Report by Surgeon-Captain Childe, I.M.S. - Part II
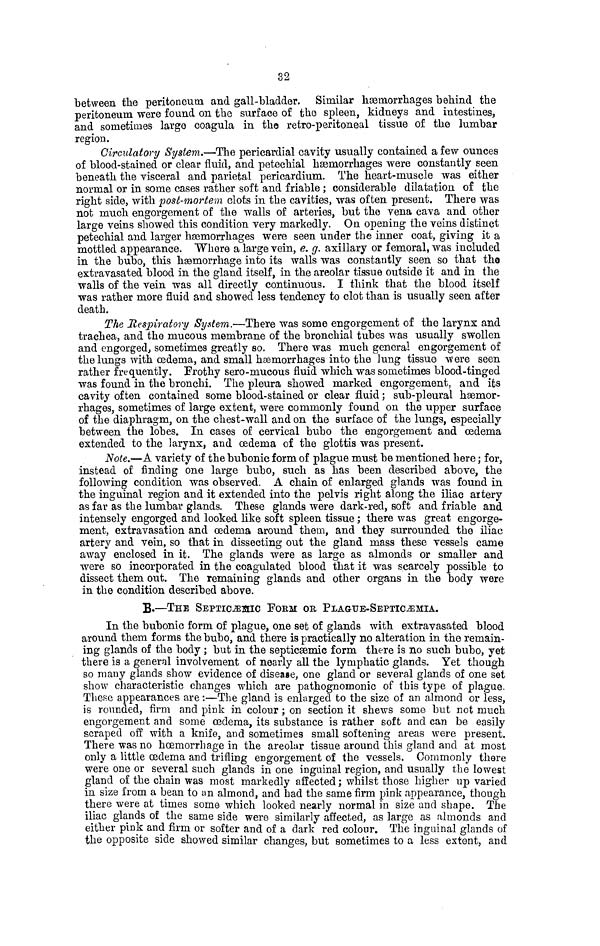
32
between the peritoneum and gall-bladder. Similar haemorrhages behind the
peritoneum were found on the surface of the spleen, kidneys and intestines,
and sometimes large coagula in the retro-peritoneal tissue of the lumbar
region.
Circulatory System.—The pericardial cavity usually contained a few ounces
of blood-stained or clear fluid, and petechial haemorrhages were constantly seen
beneath the visceral and parietal pericardium. The heart-muscle was either
normal or in some cases rather soft and friable ; considerable dilatation of the
right side, with post-mortem clots in the cavities, was often present. There was
not much engorgement of the walls of arteries, but the vena cava and other
large veins showed this condition very markedly. On opening the veins distinct
petechial and larger haemorrhages were seen under the inner coat, giving it a
mottled appearance. Where a large vein, e. g. axillary or femoral, was included
in the bubo, this heemorrhage into its walls was constantly seen so that the
extravasated blood in the gland itself, in the areolar tissue outside it and in the
walls of the vein was all directly continuous. I think that the blood itself
was rather more fluid and showed less tendency to clot than is usually seen after
death.
The Respiratory System.—There was some engorgement of the larynx and
trachea, and the mucous membrane of the bronchial tubes was usually swollen
and engorged, sometimes greatly so. There was much general engorgement of
the lungs with oedema, and small haemorrhages into the lung tissue were seen
rather frequently. Erothy sero-mucous fluid which was sometimes blood-tinged
was found in the bronchi. The pleura showed marked engorgement, and its
cavity often contained some blood-stained or clear fluid ; sub-pleural haemor-
rhages, sometimes of large extent, were commonly found on the upper surface
of the diaphragm, on the chest-wall and on the surface of the lungs, especially
between the lobes. In cases of cervical bubo the engorgement and oedema
extended to the larynx, and oedema of the glottis was present.
Note.—A variety of the bubonic form of plague must be mentioned here ; for,
instead of finding one large bubo, such as has been described above, the
following condition was observed. A chain of enlarged glands was found in
the inguinal region and it extended into the pelvis right along the iliac aitery
as far as the lumbar glands. These glands were dark-red, soft and friable and
intensely engorged and looked like soft spleen tissue ; there was great engorge-
ment, extravasation and oedema around them, and they surrounded the iliac
artery and vein, so that in dissecting out the gland mass these vessels came
away enclosed in it. The glands were as large as almonds or smaller and
were so incorporated in the coagulated blood that it was scarcely possible to
dissect them out. The remaining glands and other organs in the body were
in the condition described above.
B.—THE SEPTICAEMIC FORM OR PLAGUE-SEPTICAEMIA.
In the bubonic form of plague, one set of glands with extravasated blood
around them forms the bubo, and there is practically no alteration in the remain-
ing glands of the body ; but in the septicsemic form there is no such bubo, yet
there is a general involvement of nearly all the lymphatic glands. Yet though
so many glands show evidence of disease, one gland or several glands of one set
show characteristic changes which are pathognomonic of this type of plague.
These appearances are :—The gland is enlarged to the size of an almond or less,
is rounded, firm and pink in colour ; on section it shews some but not much
engorgement and some œdema, its substance is rather soft and can be easily
scraped off with a knife, and sometimes small softening areas were present.
There was no hoemorrhage in the areolar tissue around this gland and at most
only a little œdema and trifling engorgement of the vessels. Commonly there
were one or several such glands in one inguinal region, and usually the lowest
gland of the chain was most markedly affected ; whilst those higher up varied
in size from a bean to an almond, and had the same firm pink appearance, though
there were at times some which looked nearly normal in size and shape. The
iliac glands of the same side were similarly affected, as large as almonds and
either pink and firm or softer and of a dark red colour. The inguinal glands of
the opposite side showed similar changes, but sometimes to a less extent, and